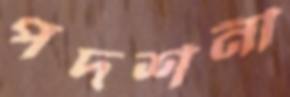
পদর্শনী